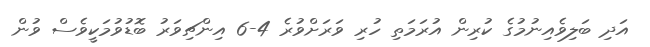
އަދި ބަލިވެއިނުމުގެ ކުރިން އުރަމަތި ހުރި ވަރަށްވުރެ 4-6 އިންޗިވަރު ބޮޑުވުމަކީވެސް ވުން